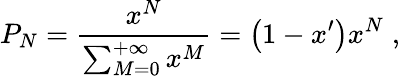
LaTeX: P_{N}=\frac{x^{N}}{\sum_{M=0}^{+\infty}x^{M}}=\left(1-x^{\prime}\right)x^{N}\; ,